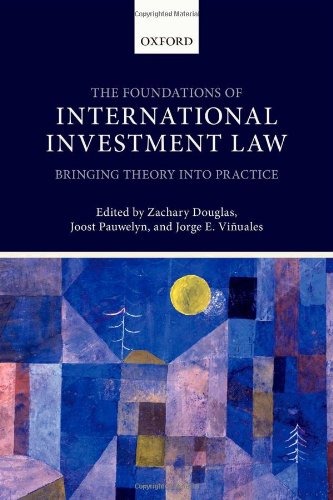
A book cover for The Foundations of International Investment Law: Bringing Theory into Practice; Zachary Douglas; Law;